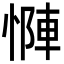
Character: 𫺶